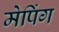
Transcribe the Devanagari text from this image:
मेपिंग